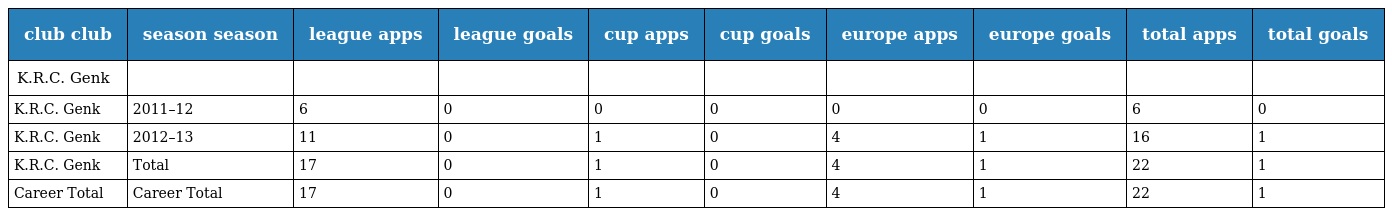
| club club | season season | league apps | league goals | cup apps | cup goals | europe apps | europe goals | total apps | total goals |
 | --- | --- | --- | --- | --- | --- | --- | --- | --- | --- |
 | K.R.C. Genk |  |  |  |  |  |  |  |  |  |
 | K.R.C. Genk | 2011–12 | 6 | 0 | 0 | 0 | 0 | 0 | 6 | 0 |
 | K.R.C. Genk | 2012–13 | 11 | 0 | 1 | 0 | 4 | 1 | 16 | 1 |
 | K.R.C. Genk | Total | 17 | 0 | 1 | 0 | 4 | 1 | 22 | 1 |
 | Career Total | Career Total | 17 | 0 | 1 | 0 | 4 | 1 | 22 | 1 |